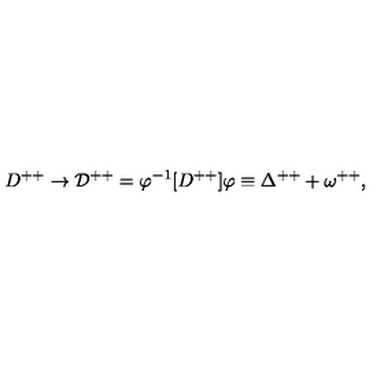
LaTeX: D ^ { + + } \rightarrow { \cal D } ^ { + + } = \varphi ^ { - 1 } [ D ^ { + + } ] \varphi \equiv \Delta ^ { + + } + \omega ^ { + + } ,